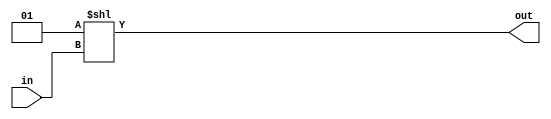
module decoder(in,out);
  input [3:0] in;
  output [15:0] out;
  
  assign out = 1<<in;
    
endmodule